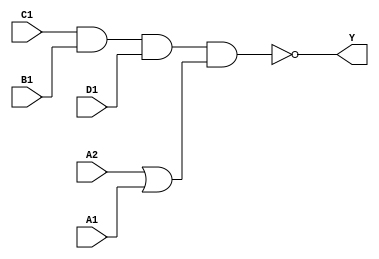
/*
 * Copyright 2020 The SkyWater PDK Authors
 *
 * Licensed under the Apache License, Version 2.0 (the "License");
 * you may not use this file except in compliance with the License.
 * You may obtain a copy of the License at
 *
 *     https://www.apache.org/licenses/LICENSE-2.0
 *
 * Unless required by applicable law or agreed to in writing, software
 * distributed under the License is distributed on an "AS IS" BASIS,
 * WITHOUT WARRANTIES OR CONDITIONS OF ANY KIND, either express or implied.
 * See the License for the specific language governing permissions and
 * limitations under the License.
 *
 * SPDX-License-Identifier: Apache-2.0
*/


`ifndef SKY130_FD_SC_LP__O2111AI_FUNCTIONAL_V
`define SKY130_FD_SC_LP__O2111AI_FUNCTIONAL_V

/**
 * o2111ai: 2-input OR into first input of 4-input NAND.
 *
 *          Y = !((A1 | A2) & B1 & C1 & D1)
 *
 * Verilog simulation functional model.
 */

`timescale 1ns / 1ps
`default_nettype none

`celldefine
module sky130_fd_sc_lp__o2111ai (
    Y ,
    A1,
    A2,
    B1,
    C1,
    D1
);

    // Module ports
    output Y ;
    input  A1;
    input  A2;
    input  B1;
    input  C1;
    input  D1;

    // Local signals
    wire or0_out    ;
    wire nand0_out_Y;

    //   Name   Output       Other arguments
    or   or0   (or0_out    , A2, A1             );
    nand nand0 (nand0_out_Y, C1, B1, D1, or0_out);
    buf  buf0  (Y          , nand0_out_Y        );

endmodule
`endcelldefine

`default_nettype wire
`endif  // SKY130_FD_SC_LP__O2111AI_FUNCTIONAL_V